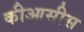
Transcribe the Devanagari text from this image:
कीआसीस